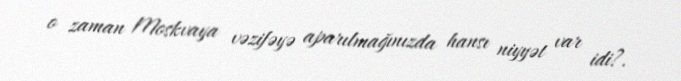
o zaman Moskvaya vəzifəyə aparılmağınızda hansı niyyət var idi?.